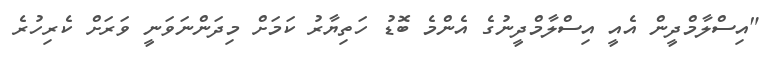
"އިސްލާމްދީން އެއީ އިސްލާމްދީނުގެ އެންމެ ބޮޑު ހަތިޔާރު ކަމަށް މިދަންނަވަނީ ވަރަށް ކެރިހުރެ